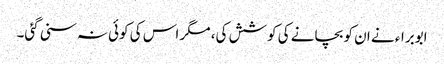
ابوبراء نے ان کو بچانے کی کوشش کی، مگر اس کی کوئی نہ سنی گئی۔